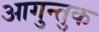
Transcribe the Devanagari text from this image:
आगुन्तुक